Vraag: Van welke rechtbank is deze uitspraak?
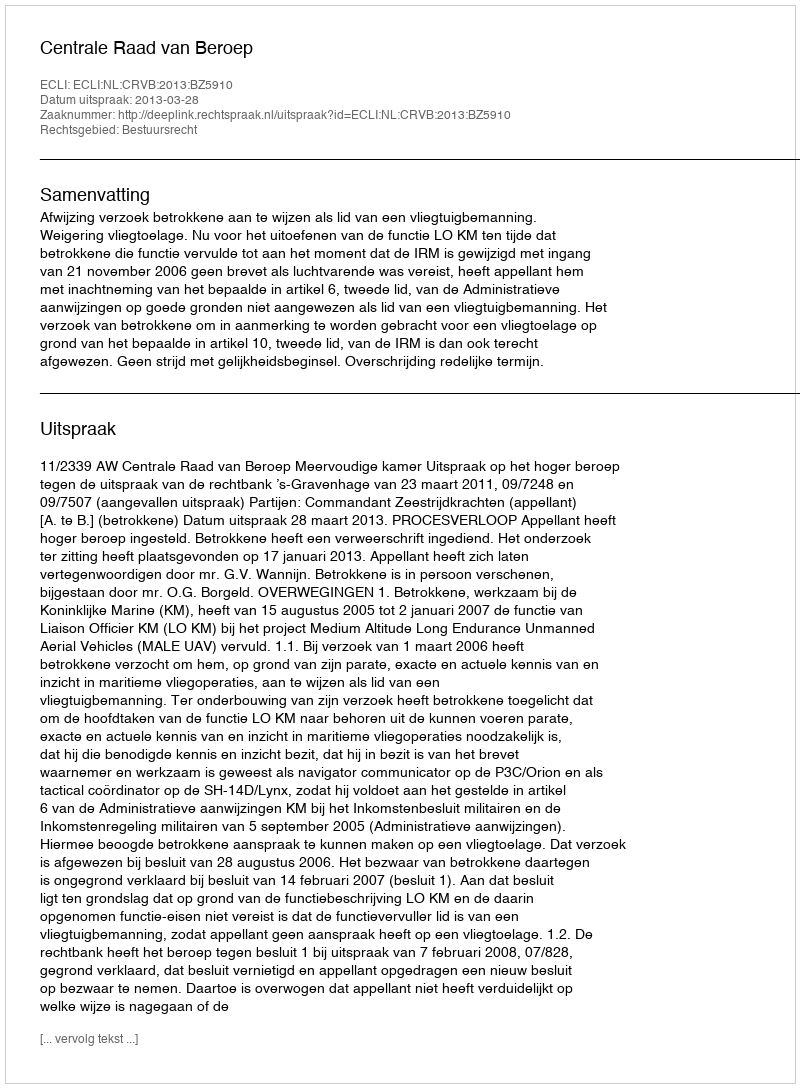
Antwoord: Centrale Raad van Beroep